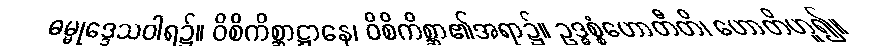
ဓမ္မုဒ္ဒေသဝါရ၌။ ဝိစိကိစ္ဆာဋ္ဌာနေ၊ ဝိစိကိစ္ဆာ၏အရာ၌။ ဥဒ္ဓစ္စံဟောတီတိ၊ ဟောတိဟူ၍။